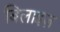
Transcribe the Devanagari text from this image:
बिलाइज़